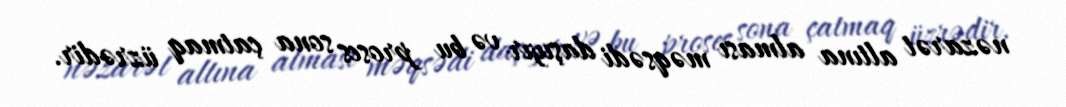
nəzarət altına alması məqsədi daşıyır və bu proses sona çatmaq üzrədir.